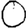
Digit: 0